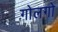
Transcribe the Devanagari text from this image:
गोलगो